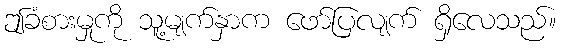
ဤခံစားမှုကို သူ့မျက်နှာက ဖော်ပြလျက် ရှိလေသည်။